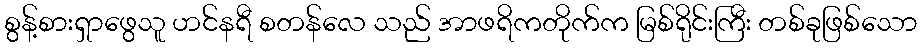
စွန့်စားရှာဖွေသူ ဟင်နရီ စတန်လေ သည် အာဖရိကတိုက်က မြစ်ရိုင်းကြီး တစ်ခုဖြစ်သော